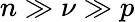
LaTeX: n\gg\nu\gg p